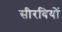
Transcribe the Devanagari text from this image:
सीरवियों